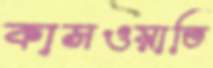
কাসওয়াতি